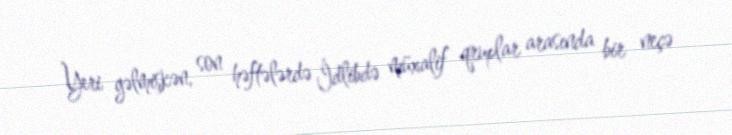
Yeri gəlmişkən, son həftələrdə İdlibdə müxalif qruplar arasında bir neçə